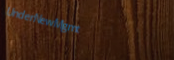
UnderNewMgmt